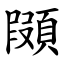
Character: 䫗